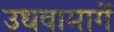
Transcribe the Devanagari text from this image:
उधवामार्गे